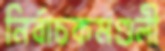
নির্বাচকমণ্ডলী